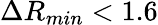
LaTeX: \Delta R_{min}<1.6